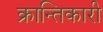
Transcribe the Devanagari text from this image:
क्रान्‍तिकारी